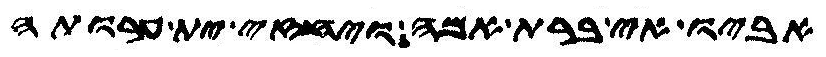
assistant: אביו אי ברת אמה ויחזי ית ערותה